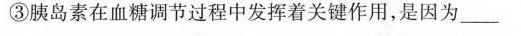
③胰岛素在血糖调节过程中发挥着关键作用，是因为___